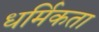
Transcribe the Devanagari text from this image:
धर्मिकता